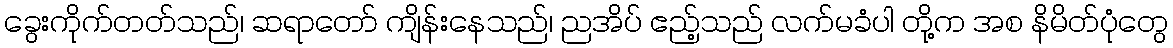
ခွေးကိုက်တတ်သည်၊ ဆရာတော် ကျိန်းနေသည်၊ ညအိပ် ဧည့်သည် လက်မခံပါ တို့က အစ နိမိတ်ပုံတွေ